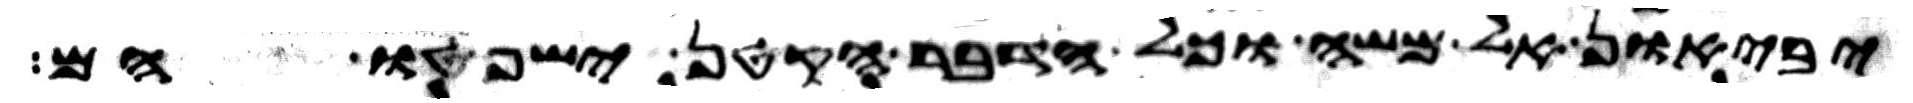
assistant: יביאון אל משה וכל הדבר הקטן ישפטו הם